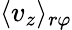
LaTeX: \langle v_{z}\rangle_{r\varphi}